Lunatic asylums in Bengal annual reports 1899-1911 - 1899-1911
Year: 1899
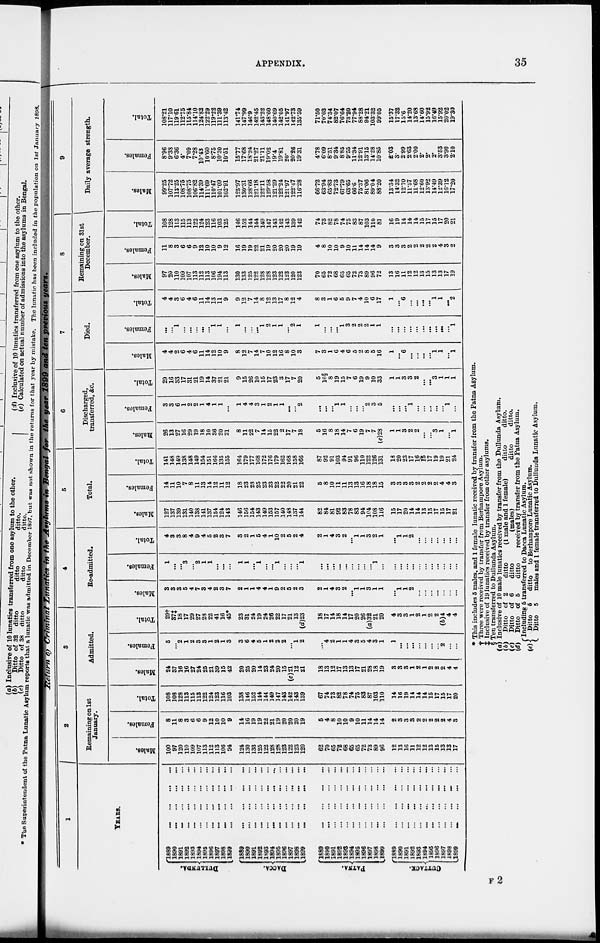
APPENDIX.
35
Return of Criminal Lunatics in the Asylums in Bengal for the year 1899 and ten previous years.
1
YEARS.
DULLUNDA.
DACCA.
PATNA.
CUTTACK.
1889
...
...
...
...
1890
...
...
...
...
1891
...
...
...
...
1892
...
...
...
...
1893
...
...
...
...
1894
...
...
...
...
1895
...
...
...
...
1896
...
...
...
...
1897
...
...
...
...
1898
...
...
...
...
1899
...
...
...
...
1889
...
...
...
...
1890
...
...
...
...
1891
...
...
...
...
1892
...
...
...
...
1893
...
...
...
...
1894
...
...
...
...
1895
...
...
...
...
1896
...
...
...
...
1897
...
...
...
...
1898
...
...
...
...
1899
...
...
...
...
1889
...
...
...
...
1890
...
...
...
...
1891
...
...
...
...
1892
...
...
...
...
1893
...
...
...
...
1894
...
...
...
...
1895
...
...
...
...
1896
...
...
...
...
1897
...
...
...
...
1898
...
...
...
...
1899
...
...
...
...
1889
...
...
...
...
1890
...
...
...
...
1891 ... ... ... ...
1892
...
...
...
...
1893
...
...
...
...
1894
...
...
...
...
1895
...
...
...
...
1896
...
...
...
...
1897
...
...
...
...
1898 ... ... ... ...
1899
...
...
...
...
2
Remaining on 1st
January.
Males.
100
97
120
110 109
107
113
112
113
106
94
124
130
133
125
122
128
128
123
122
123
120
62
70
65
72
68
65
65
72
73
89
96
12
13
16
11
12
12
13
15
13
13
17
Females.
8
11
8
3
6
6
9
12
10
10
9
14
16
19
19
22
21
19
20
20
20
19
5
4
8
10
10
9
10
11
14
14
14
2
3
3
3
2
2
2
2
2
4
3
Total.
108
108
128
113
115
113
122
124
123
116
103
138
146
152
144
141
149
147
143
142
143
139
67
74
73
82
78
74
75
83
87
103
110
14
16
19
14
14
14
15
17
15
17
20
3
Admitted.
Males.
24
37
16
16
27
24
25
21
39
15
42
20
25
20
14
23
24
20
15
(c)21
12
21
18
13
12
17
13
13
17
21
28
18
19
3
3
3
1
2
1
2
2
2
4
4
Females.
5
...
2
1
2
3
3
1
2
1
3
3
6
4
5
1
2
2
2
...
1
2
...
4
2
1
1
4
3
5
4
3
1
1
...
...
...
...
...
...
...
2
...
...
Total.
29†
37‡
18
17
29
27
28
22
41
16
45*
23
31
24
19
24
26
22
17
21
13
(d)23
18
17
14
18
14
17
20
26
(a)32
21
20
4
3
3
1
2
1
2
2
(b)4
4
4
4
Re-admitted.
Males.
3
3
3
5
4
7
3
4
2
3
7
2
1
1
4
4
1
9
2
5
2
3
2
1
4
3
2
...
1
1
3
1
1
...
1
1
2
...
...
...
...
...
...
...
Females.
1
...
...
3
...
2
1
1
...
...
...
1
1
...
1
...
...
1
...
...
...
1
...
...
...
...
...
...
...
...
...
1
...
...
...
...
...
...
...
...
...
...
...
...
Total.
4
3
3
8
4
9
4
5
2
3
7
3
2
1
5
4
1
10
2
5
2
4
2
1
4
3
2
...
1
1
3
2
1
...
1
1
2
...
...
...
...
...
...
...
5
Total.
Males.
127
137
139
131
140
138
141
137
154
124
143
146
156
154
143
149
153
157
140
148
137
144
82
84
81
92
83
78
83
94
104
108
116
15
17
20
14
14
13
15
17
15
17
21
Females.
14
11
10
7
8
11
13
14
12
11
12
18
23
23
25
23
23
22
22
20
21
22
5
8
10
11
11
13
13
16
18
18
15
3
3
3
3
2
2
2
2
4
4
3
Total.
141
148
149
138
148
149
154
151
166
135
155
164
179
177
168
172
176
179
162
168
158
166
87
92
91
103
94
91
96
110
122
126
131
18
20
23
17
16
15
17
19
19
21
24
6
Discharged,
transferred, &c.
Males.
26
13
27
16
29
19
18
10
36
20
21
8
11
22
7
14
15
22
2
17
7
18
5
16
8
18
14
7
6
19
7
7
(e)28
1
1
3
2
2
...
...
3
1
...
1
Females.
3
3
6
1
2
2
1
4
1
1
...
1
4
4
3
1
2
1
1
...
...
2
...
...
...
1
1
...
...
...
2
3
5
...
...
...
1
...
...
...
...
...
1
...
Total.
29
16
33
17
31
21
19
14
37
21
21
9
15
26
10
15
17
23
3
17
7
20
5
16§
8
19
15
7
6
19
9
10
33
1
1
3
3
2
...
...
3
1
1
1
7
Died.
Males.
4
4
2
6
4
6
11
14
12
10
9
8
12
7
14
7
10
12
16
8
10
3
7
3
1
6
4
6
5
2
8
5
16
1
...
6
...
...
...
...
1
1
...
1
Females.
...
...
1
...
...
...
...
...
1
1
...
1
...
...
...
1
2
1
1
...
2
1
1
...
...
...
1
3
2
2
2
1
1
...
...
...
...
...
...
...
...
...
...
1
Total.
4
4
3
6
4
6
11
14
13
11
9
9
12
7
14
8
12
13
17
8
12
4
8
3
1
6
5
9
7
4
10
6
17
1
...
6
...
...
...
...
1
1
...
2
8
Remaining on 31st
December.
Males.
97
120
110
109
107
113
112
113
106
194
113
130
133
125
122
128
128
123
122
123
120
123
70
65
72
68
65
65
72
73
89
96
72
13
16
11
12
12
13
15
13
13
17
19
Females.
11
8
3
6
6
9
12
10
10
9
12
16
19
19
22
21
19
20
20
20
19
19
4
8
10
10
9
10
11
14
14
14
9
3
3
3
2
2
2
2
2
4
3
2
Total.
108
128
113
115
113
122
124
123
116
103
125
146
152
144
144
149
147
143
142
143
139
142
74
73
82
78
74
75
83
87
103
110
81
16
19
14
14
14
15
17
15
17
20
21
9
Daily average strength.
Males.
99.25
107.72
113.25
108.75
108.75
106.82
114.39
111.69
110.47
101.09
102.91
125.97
130.31
128.66
121.18
122.11
129.58
121.29
122.24
121.97
122.47
116.28
66.72
63.94
65.83
72.73
67.79
63.65
66.6
75.37
81.06
89.04
88.20
13.34
14.32
12.70
11.57
11.68
12.60
13.92
14.49
12.39
16.12
17.20
Females.
8.96
9.38
6.36
4.
7.09
7.28
10.43
10.60
8.75
10.30
10.51
15.77
17.68
18.24
21.27
21.11
19.02
19.4
19.81
20.
20.26
19.31
4.78
6.09
8.51
9.34
8.85
9.55
11.34
12.91
13.15
14.28
10.85
2.03
3.
2.99
2.63
2.00
2.
2.
2.
3.53
3.90
2.10
Total.
108.21
117.10
119.61
112.75
115.84
114.10
124.82
122.29
119.22
111.39
113.42
141.74
147.99
146.9
142.45
143.22
148.60
140.69
142.05
141.97
142.73
135.59
71.50
70.03
74.34
82.07
76.64
73.20
77.94
88.28
94.21
103.32
99.05
15.37
17.32
15.6
14.20
13.68
14.60
15.92
16.49
15.92
20.02
19.30
*
†
‡
§
(a)
(b)
(c)
(d)
(e)
This includes 5 males, and 1 female lunatic received by transfer from the Patna Asylum.
Three were received by transfer from Berhampore Asylum.
Inclusive of 19 lunatics received by transfer from other asylums.
Ten transferred to Dullunda Asylum.
Inclusive of 10 male lunatics received by transfer from the Dullunda Asylum.
Ditto
Ditto
Ditto
of 2
ditto
of 6
ditto
of 5
ditto
(1 male and 1 female)
(males)
ditto
ditto
ditto.
ditto.
received by transfer from the Patna Asylum.
Including 5 transferred to Dacca Lunatic Asylum.
Ditto
5
ditto
to Berhampore Lunatic Asylum.
Ditto 5
males and 1 female transferred to Dullunda Lunatic Asylum.
F 2